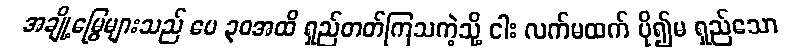
အချို့မြွေများသည် ပေ ၃၀အထိ ရှည်တတ်ကြသကဲ့သို့ ငါး လက်မထက် ပို၍မ ရှည်သော